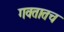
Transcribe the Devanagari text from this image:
गवतातच